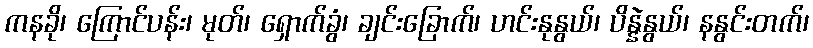
ကနခို၊ ကြောင်ပန်း၊ မုတ်၊ ရှောက်ခွံ၊ ချင်းခြောက်၊ ဟင်းနုနွယ်၊ ပိန္နဲနွယ်၊ နနွင်းတက်၊